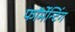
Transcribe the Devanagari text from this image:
फॉर्मेन्टिंग